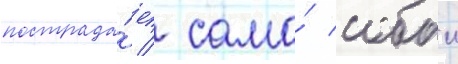
пострада́ет / само́ собои